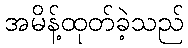
အမိန့်ထုတ်ခဲ့သည်